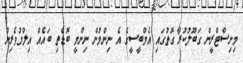
މިނިސްޓްރީން ގަބޫލުކުރާ ގޮތުގައި އެމްބީސީގެ އެ ނިންމުން ނިންމީ ބޮޑެތި ބައެއް އިލްމުވެރިން